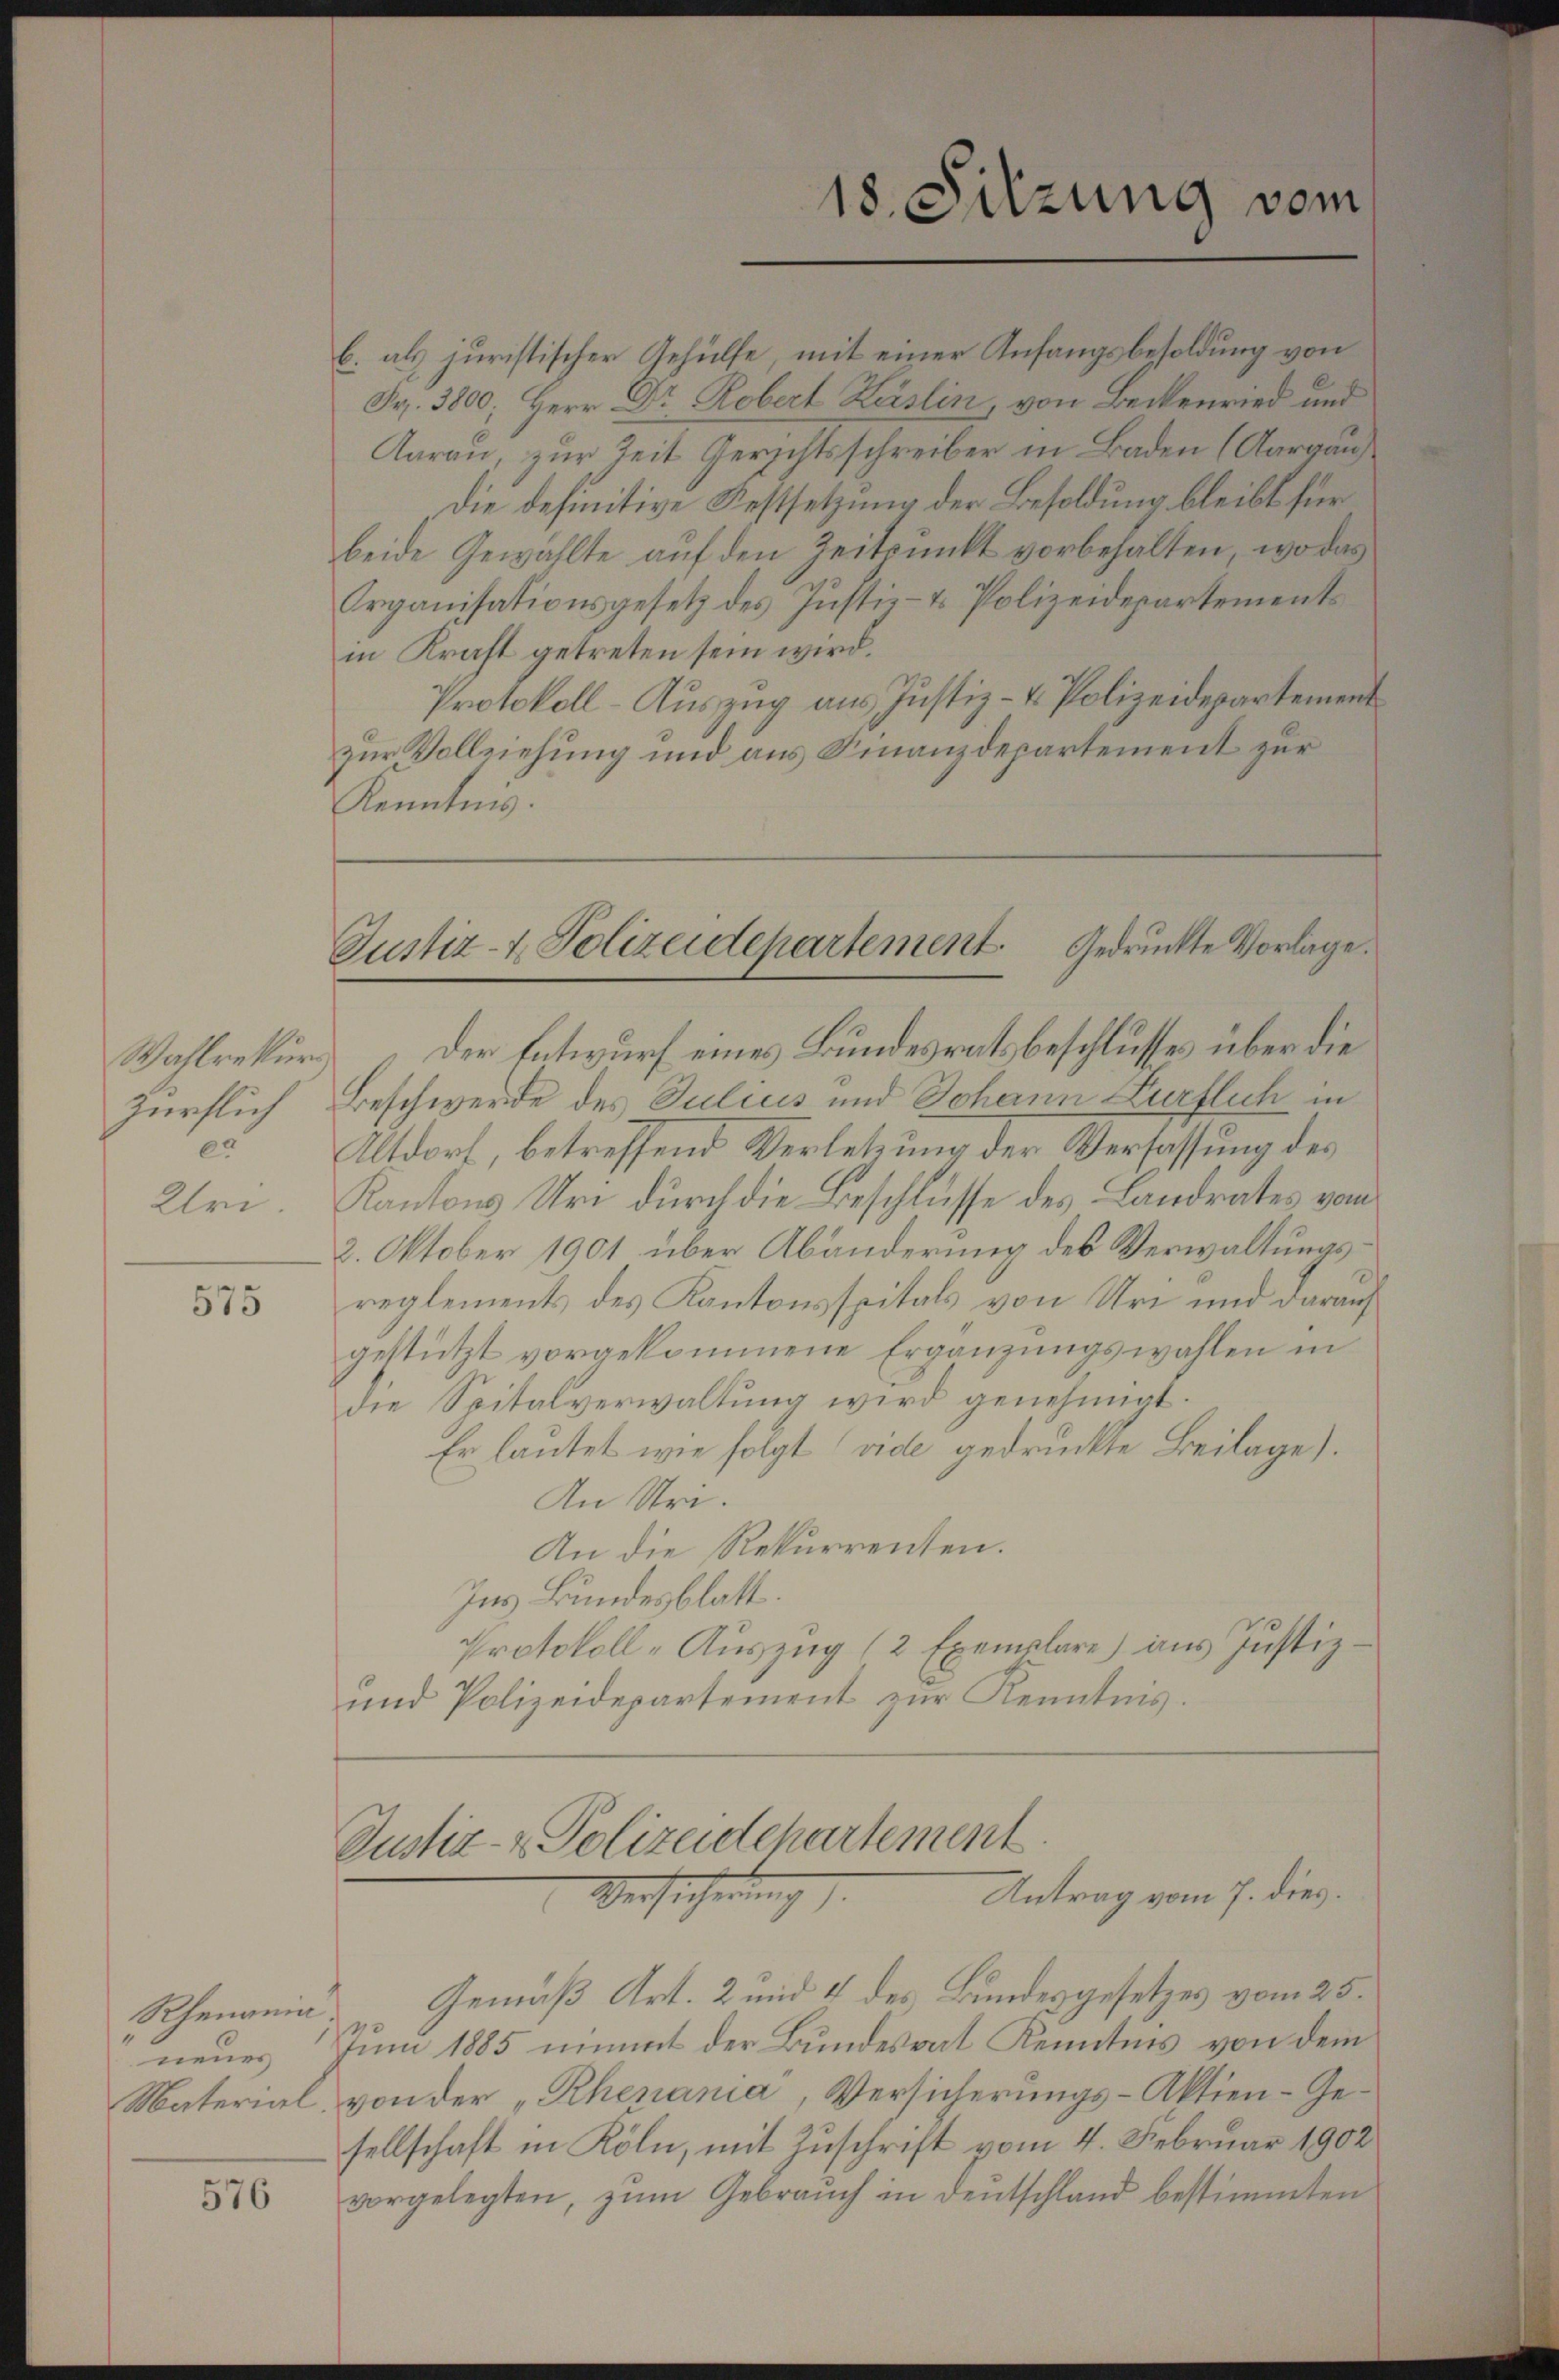
Wahlrekur¬
Zürflich
er
Uri

575

Rhenania

576

b. als juristischer Gehülfe, mit einer Anfangsbesoldung von
Fr. 3800; Herr Dr. Rebert Käslin von Beckenried und
Aarau, zur Zeit Gerichtsschreiber in Baden (Aargaus
Die definitive Festsetzung der Besoldung bleibt für
beide Gewählte auf den Zeitpunkt vorbehalten, wo das
Organisationsgesetz des Justiz- & Polizeidepartements
in Kraft getreten sein wird.
Protokoll-Auszug aus Justiz- & Polizeidepartement
zur Vollziehung und aus Finanzdepartement zur
Kenntnis.

Der Entwurf eines Bundesrathsbeschlusses über die
Beschwerde des Julius und Johann Zürflich in
Altdorf, betreffend Verletzung der Verfassung des
Kantons Uri durch die Beschlüsse des Landrates vom
2. Oktober 1901 über Abänderung des Verwaltungsreglements des Kantonsspitals von Uri und darauf
gestützt vorgekommene Ergänzungswahlen in
die Spitalverwaltung wird genehmigt.
Er lautet wie folgt vide gedruckte Beilage).
An Stri.
An die Rekurrenten.
Ins Bundesblatt.
Protokoll-Auszug (2 Exemplare) aus Justiz
und Polizeidepartement zur Kenntnis.

18. Sitzung vom

Justiz- & Polizeidepartement Gedruckte Vorlage.

Justiz- & Polizeidepartement
Antrag vom 7. dies.
Versicherung.

Gemäß Art. 2 und 4 des Bundesgesetzes vom 25.
neues Juni 1885 nimmt der Bundesrat Kenntnis von dem
Material von der „Rhenania, Versicherungs-Aktien-Gesellschaft in Köln, mit Zuschrift vom 4. Februar 1902
vorgelegten, zŭm Gebraŭch in dentschland bestimmten